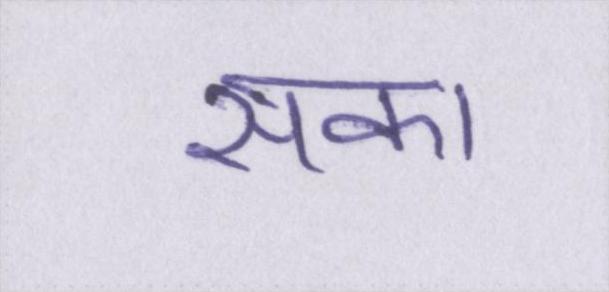
सका